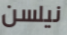
نيلسن